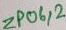
Text: ZP06,2